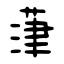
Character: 葏